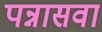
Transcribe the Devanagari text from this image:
पन्नासवा